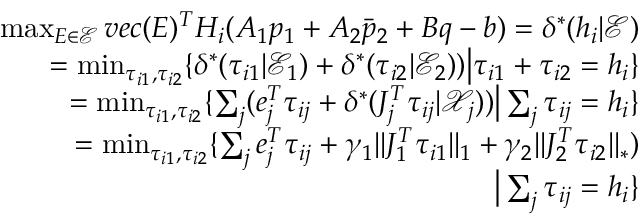
\begin{array} { r } { \operatorname* { m a x } _ { E \in \mathcal { E } } { v e c ( E ) ^ { T } H _ { i } ( A _ { 1 } p _ { 1 } + A _ { 2 } \bar { p } _ { 2 } + B q - b ) } = \delta ^ { * } ( h _ { i } | \mathcal { E } ) } \\ { = \operatorname* { m i n } _ { \tau _ { i 1 } , \tau _ { i 2 } } \{ \delta ^ { * } ( \tau _ { i 1 } | \mathcal { E } _ { 1 } ) + \delta ^ { * } ( \tau _ { i 2 } | \mathcal { E } _ { 2 } ) ) \big | \tau _ { i 1 } + \tau _ { i 2 } = h _ { i } \} } \\ { = \operatorname* { m i n } _ { \tau _ { i 1 } , \tau _ { i 2 } } \{ \sum _ { j } ( e _ { j } ^ { T } \tau _ { i j } + \delta ^ { * } ( J _ { j } ^ { T } \tau _ { i j } | \mathcal { X } _ { j } ) ) \big | \sum _ { j } \tau _ { i j } = h _ { i } \} } \\ { = \operatorname* { m i n } _ { \tau _ { i 1 } , \tau _ { i 2 } } \{ \sum _ { j } e _ { j } ^ { T } \tau _ { i j } + \gamma _ { 1 } | | J _ { 1 } ^ { T } \tau _ { i 1 } | | _ { 1 } + \gamma _ { 2 } | | J _ { 2 } ^ { T } \tau _ { i 2 } | | _ { * } ) } \\ { \big | \sum _ { j } \tau _ { i j } = h _ { i } \} } \end{array}